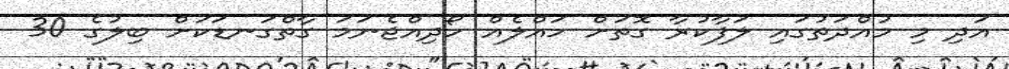
އަދި މި މުއްދަތުގައި ލަފާކުރާ ގޮތަށް ހައްލެއް ހޯދިއްޖެނަމަ ގާތްގަނޑަކަށް ބިލުގެ 30